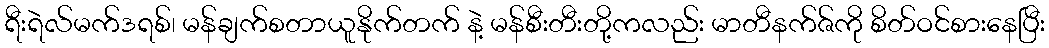
ရီးရဲလ်မက်ဒရစ်၊ မန်ချက်စတာယူနိုက်တက် နဲ့ မန်စီးတီးတို့ကလည်း မာတီနက်ဇ်ကို စိတ်ဝင်စားနေပြီး